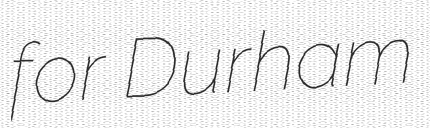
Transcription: for Durham